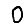
Digit: 0